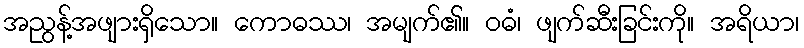
အညွန့်အဖျားရှိသော။ ကောဓဿ၊ အမျက်၏။ ဝဓံ၊ ဖျက်ဆီးခြင်းကို။ အရိယာ၊